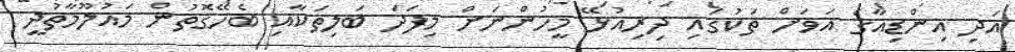
އަދި އިންޑިއާގެ އަވަށް ތަކުގައި ދިރިއުޅޭ މީހުންނަށް މިފަދަ ބަލިތަކާއި ބެހޭގޮތުން މައުލޫމާތުދީ